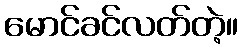
မောင်ခင်လတ်တဲ့။